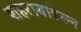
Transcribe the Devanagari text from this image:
शहराबाहेरून